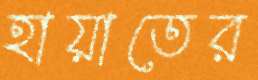
হায়াতের